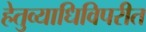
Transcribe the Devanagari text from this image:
हेतुव्याधिविपरीत